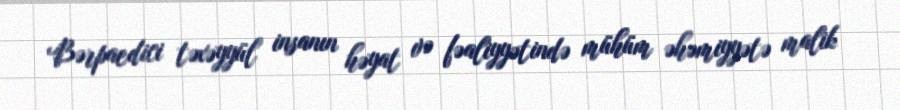
Bərpaedici təxəyyül insanın həyat və fəaliyyətində mühüm əhəmiyyətə malik